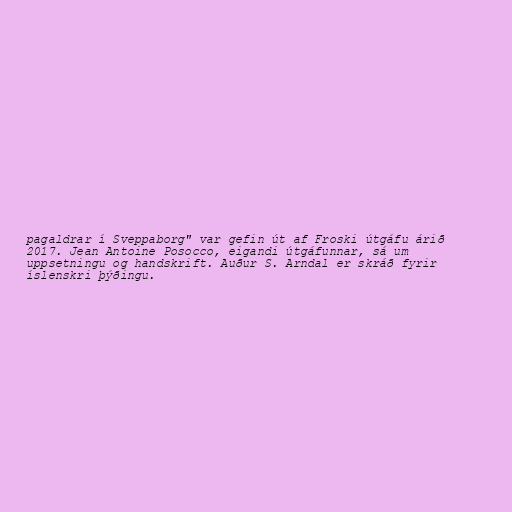
pagaldrar í Sveppaborg" var gefin út af Froski útgáfu árið
2017. Jean Antoine Posocco, eigandi útgáfunnar, sá um
uppsetningu og handskrift. Auður S. Arndal er skráð fyrir
íslenskri þýðingu.